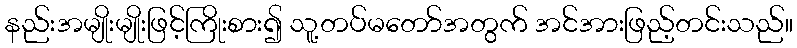
နည်းအမျိုးမျိုးဖြင့်ကြိုးစား၍ သူ့တပ်မတော်အတွက် အင်အားဖြည့်တင်းသည်။